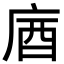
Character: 庮